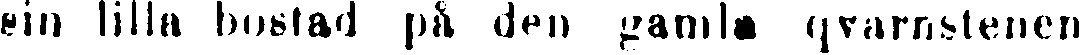
sin lilla bostad på den gamla qvarnstenen